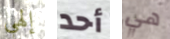
إلهي أحد هي